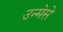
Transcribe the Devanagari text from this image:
उन्मेसे